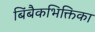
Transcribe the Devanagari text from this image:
बिंबैकभिक्तिका